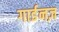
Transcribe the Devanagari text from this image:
गार्डनज़